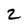
Character: 2